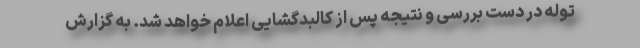
توله در دست بررسی و نتیجه پس از کالبدگشایی اعلام خواهد شد. به گزارش